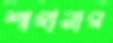
শাহানার